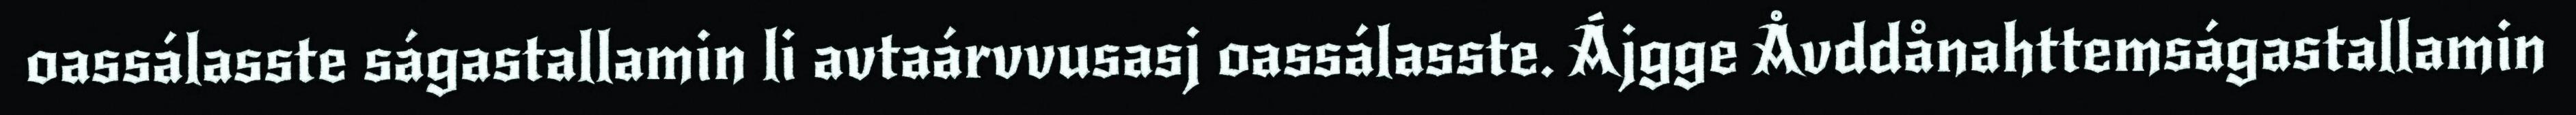
oassálasste ságastallamin li avtaárvvusasj oassálasste. Ájgge Åvddånahttemságastallamin